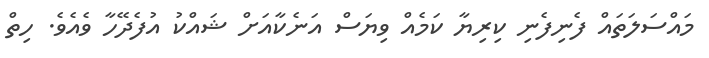
މައްސަލަތައް ފެނިފެނި ކިރިޔާ ކަމެއް ވިޔަސް އަނެކާއަށް ޝައްކު އުފެދޭހާ ވެއެވެ. ހިތް